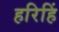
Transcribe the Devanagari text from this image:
हरिहिं